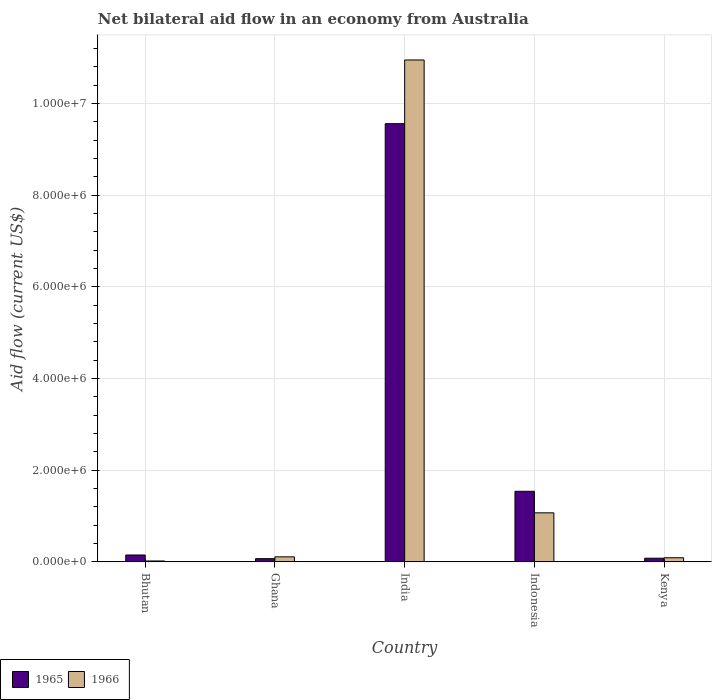
| Country | 1965 | 1966 |
 | --- | --- | --- |
 | Bhutan | 1.5e+05 | 2e+04 |
 | Ghana | 7e+04 | 1.1e+05 |
 | India | 9.56e+06 | 1.1e+07 |
 | Indonesia | 1.54e+06 | 1.07e+06 |
 | Kenya | 8e+04 | 9e+04 |